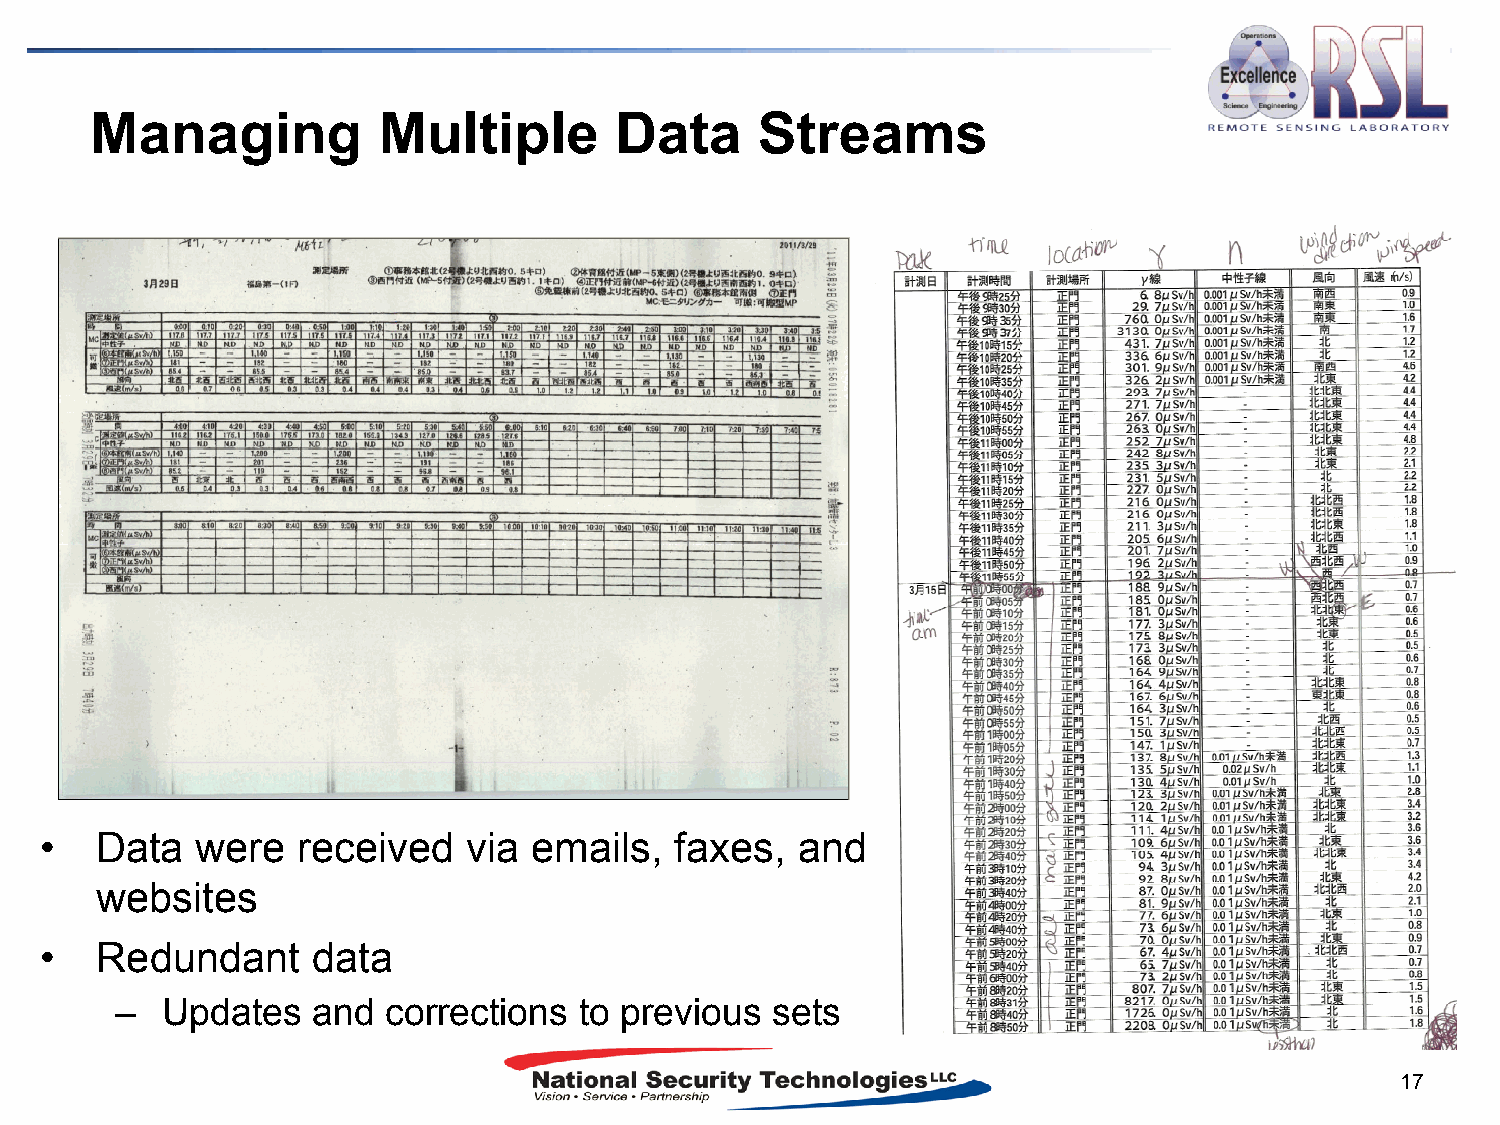
Managing           Multiple        Data     Streams
 •  Data   were   received   via emails,   faxes,  and
 websites
 •  Redundant      data
 –  Updates   and corrections  to previous  sets
 17